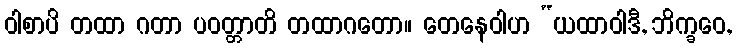
ဝါစာပိ တထာ ဂတာ ပဝတ္တာတိ တထာဂတော။ တေနေဝါဟ “ယထာဝါဒီ, ဘိက္ခဝေ,